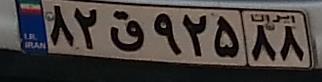
۸۲ق۹۲۵۸۸